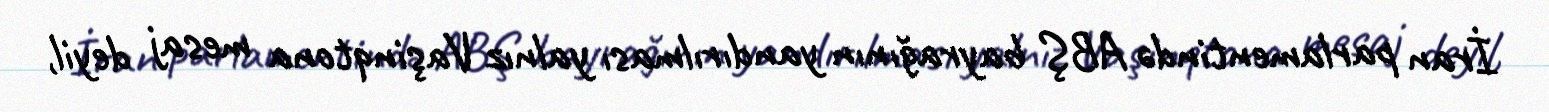
İran parlamentində ABŞ bayrağının yandırılması yalnız Vaşinqtona mesaj deyil,